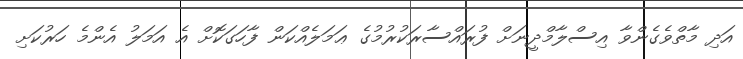
އަދި މާތްވެގެންވާ އިސްލާމްދީނަށް ފުރައްސާރަކުރުމުގެ ޢަމަލެއްކަން ފާހަގަކޮށް އެ އަމަލު އެންމެ ހަރުކަށި